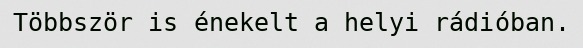
Többször is énekelt a helyi rádióban.